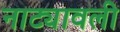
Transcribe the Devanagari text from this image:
नाट्यावली